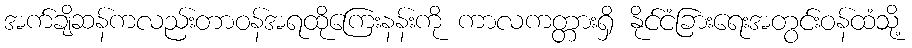
အက်ချိဆန်ကလည်းတာဝန်အရထိုကြေးနန်းကို ကာလကတ္တားရှိ နိုင်ငံခြားရေးအတွင်းဝန်ထံသို့